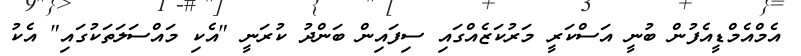
އެމްއެމްޑީއެފުން ބުނީ އަސްކަރީ މަރުކަޒެއްގައި ސިފައިން ބަންދު ކުރަނީ "އެކި މައްސަލަތަކުގައި" އެކު